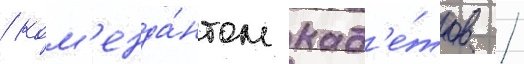
/ ком'енда́нтом кад'е́тов /